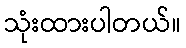
သုံးထားပါတယ်။